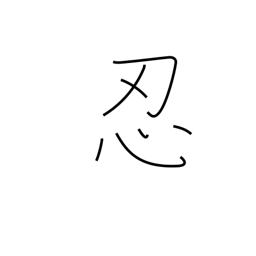
Meaning: secrete